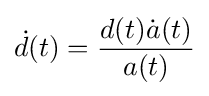
{\dot {d}}(t)={\frac {d(t){\dot {a}}(t)}{a(t)}}